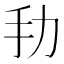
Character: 劧